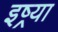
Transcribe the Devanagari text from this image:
इष्र्या